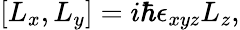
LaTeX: [{L_{x}},{L_{y}}]=i\hbar\epsilon_{xyz}{L_{z}},